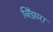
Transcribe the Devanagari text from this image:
बिँझारा